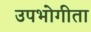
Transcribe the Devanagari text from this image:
उपभोगीता